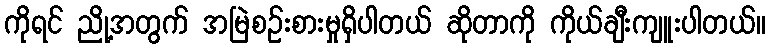
ကိုရင် ညို့အတွက် အမြဲစဉ်းစားမှုရှိပါတယ် ဆိုတာကို ကိုယ်ချီးကျူးပါတယ်။